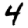
Digit: 4